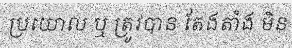
ប្រយោល ឬ ត្រូវបាន តែងតាំង មិន